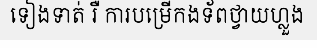
ទៀងទាត់ រឺ ការបម្រើកងទ័ពថ្វាយហ្លួង